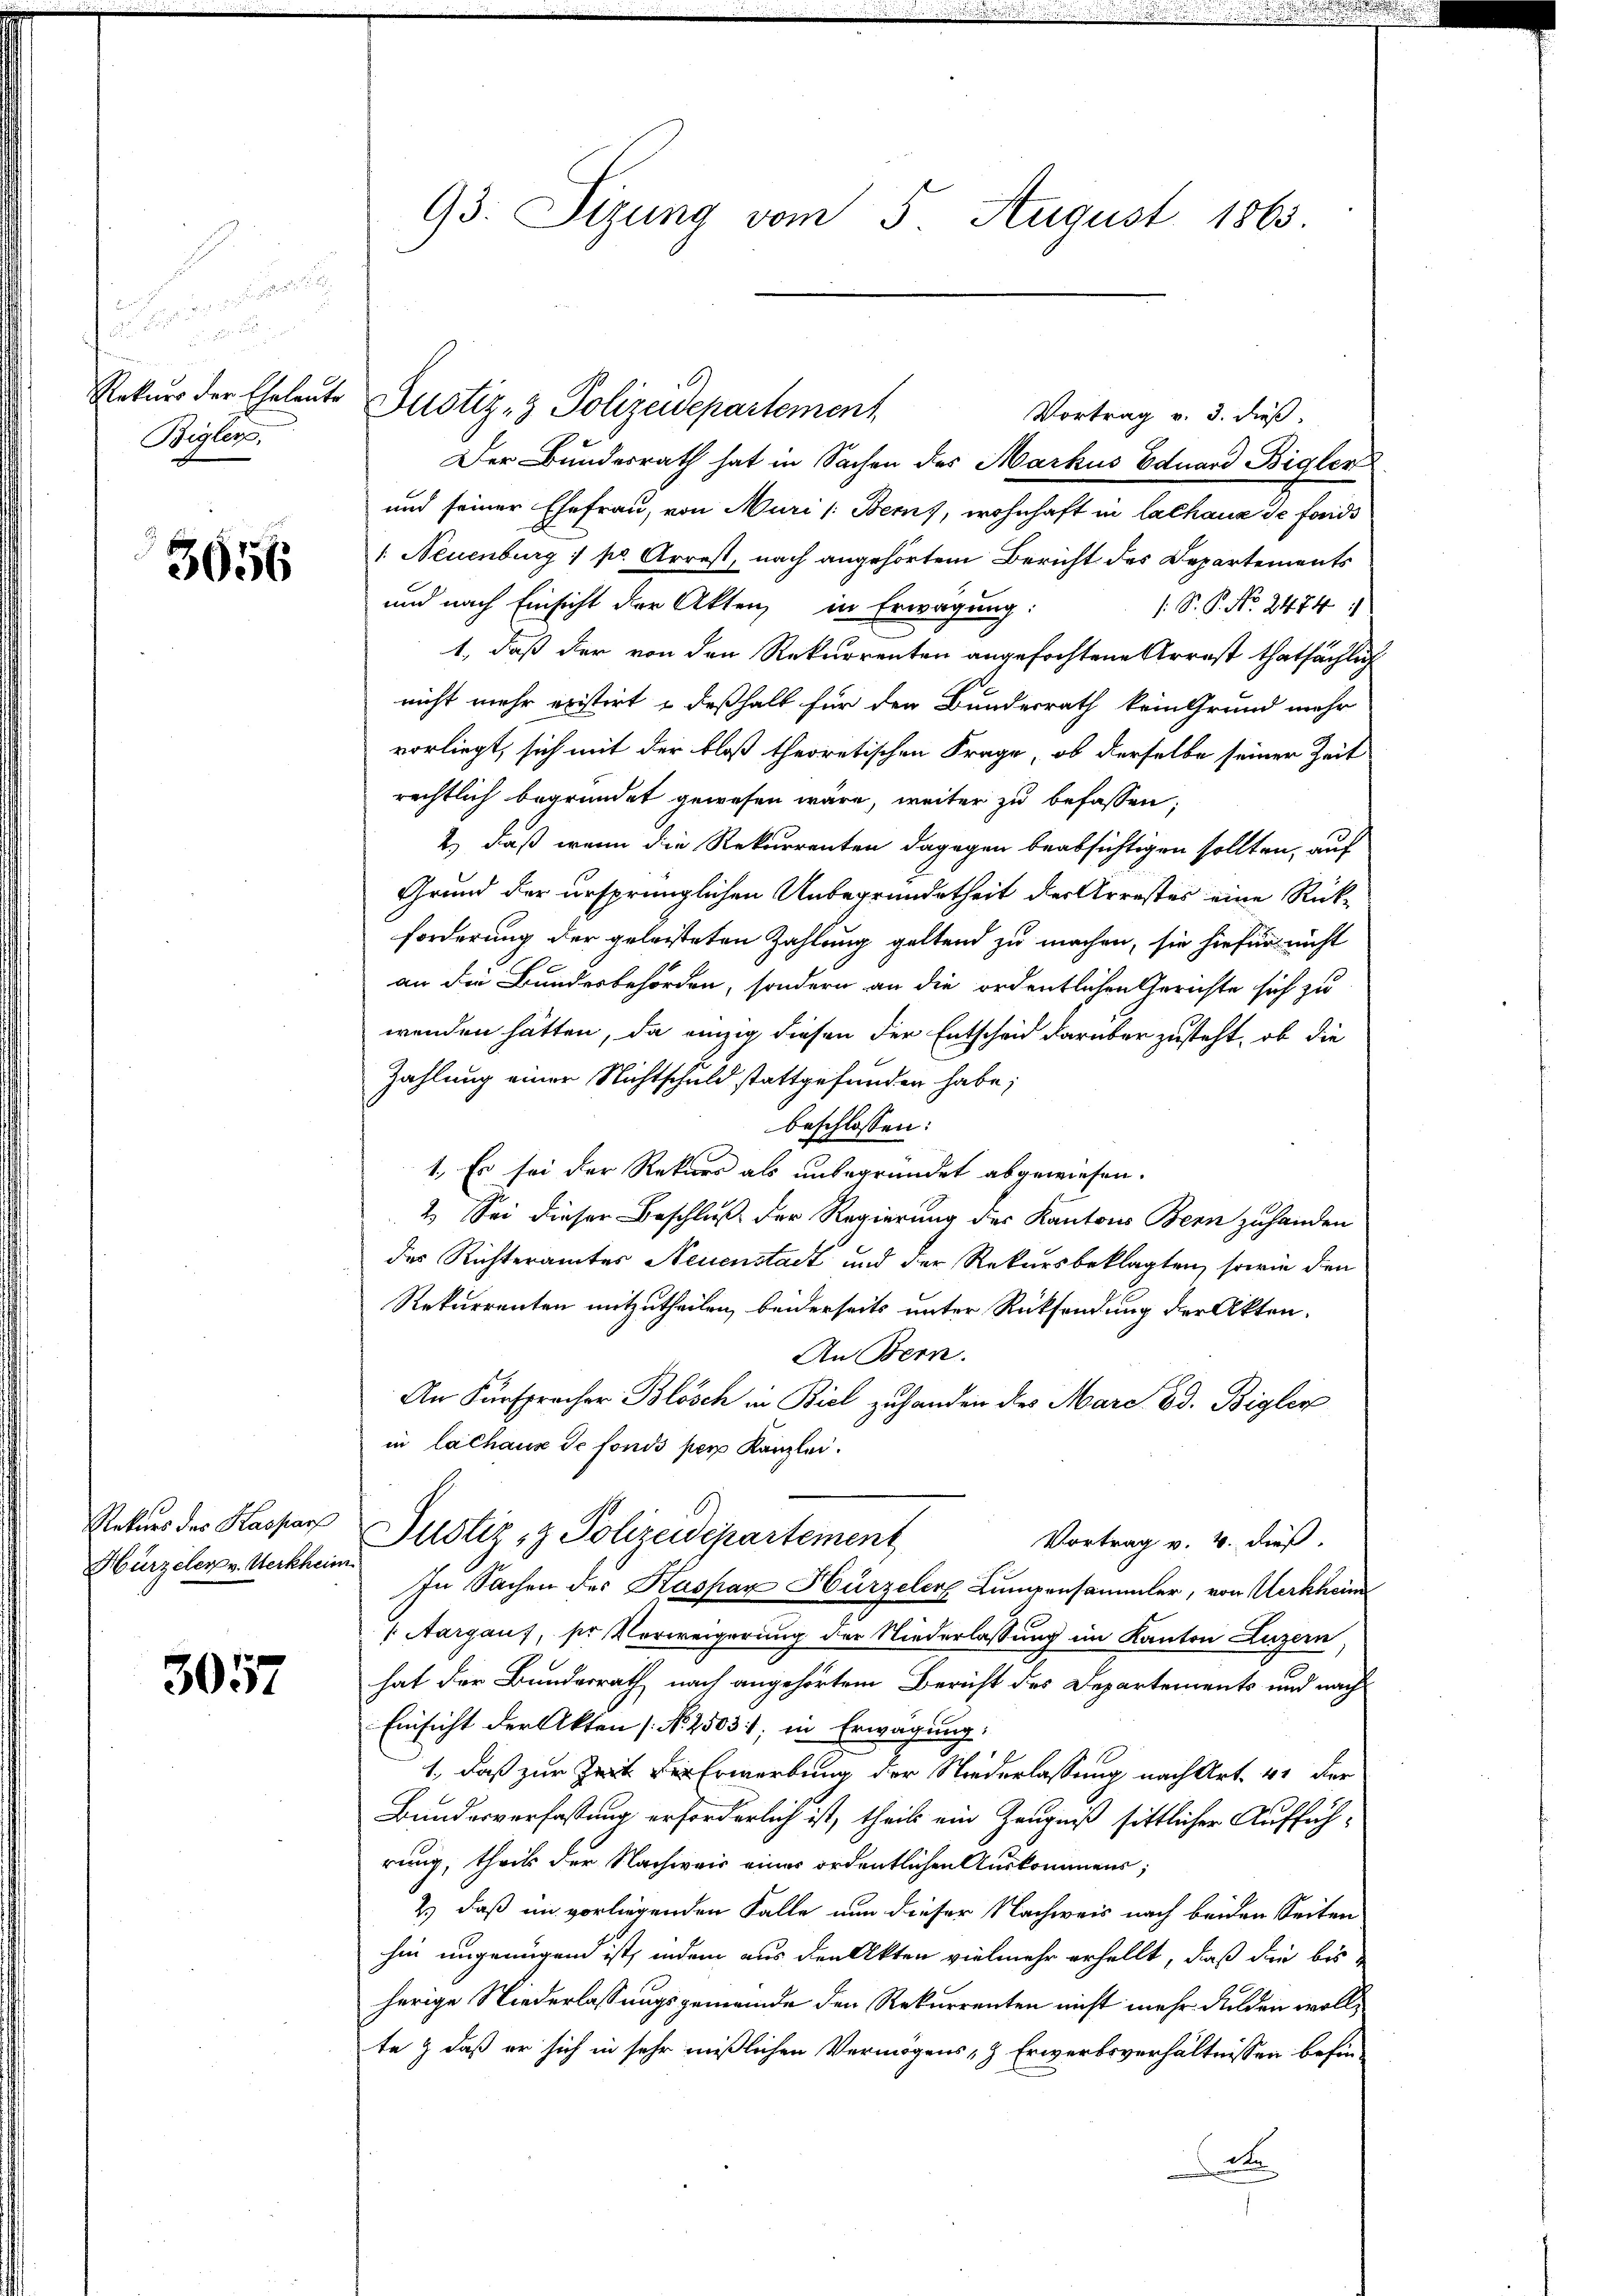
n
un seinen

Rekurs der Eheleute
Bigler.

3056

Rekurs des Kasparf
Hürzeler v. Werkheim

3057

93. Sizung vom 5. August 1863.

Justiz- & Polizeidepartement
Vortrag v. 3. dieß.
Der Bundesrath hat in Sachen des Markus Eduard Bigler
und seiner Ehefrau, von Muri /: Berns, wohnhaft in lalhaus de fonds
1. Neuenburg 1 pr. Arrest, nach angehörtem Bericht des Departements
und nach Einsicht der Akten, in Erwägung:
s. S. P. No. 2474. 1
1., daß der von den Rekurrenten angefochtene Arrest thatsächlich
nicht mehr existirt & deßhalb für den Bundesrath kein Grund mehr
vorliegt, sich mit der bloß theoretischen Frage, ob derselbe seiner Zeit
rechtlich begründet gewesen wäre, weiter zu befassen;
2.) daß wenn die Rekurrenten dagegen beabsichtigen sollten, auf
Grund der ursprünglichen Unbegründetheit der Arrestes eine Rückforderung der geleisteten Zahlung geltend zu machen, sie hiefür nicht
an die Bundesbehörden, sondern an die ordentlichen Gerichte sich zu
wenden hätten, da einzig diesen der Entscheid darüber zusteht, ob die
Zahlung einer Nichtschuld stattgefunden habe;
beschlossen:
1., Es sei der Rekurs als unbegründet abgewiesen.
2.) Sei dieser Beschluß der Regierung der Kantons Bern zuhanden
des Richteramtes Neuenstadt und der Rekursbeklagten, sowie den
Rekurrenten mitzutheilen, beiderseits unter Rücksendung der Akten.
An Bern.
An Fürspracher Blösch in Biel zu handen des Marc Ed. Bigler
in lachaus de fonds per Kanzlei.
Justiz- & Polizeidepartement
Vortrag v. 4. dieß.
In Sachen des Kaspar Hirzelers Lumpensammler, von Uerkheim
 Aargauf, sr Verweigerung der Niederlassung im Kanton Luzern
hat der Bundesrath nach angehörtem Bericht des Departements und nach
Einsicht der Akten [No 25031; in Erwägung,
1., daß zur Zeit der Erwerbung der Niederlassung nach Art. 41 der
Bundesverfassung erforderlich ist, theils ein Zeugniß sittlicher Aufführung, theils der Nachweis eines ordentlichen Auskommens;
2.) daß in vorliegenden Falle nun dieser Nachweis nach beiden Seiten
hin ungenügend ist, indem aus den Akten vielmehr erhellt, daß die bis
herige Niederlassungsgemeinde den Rekurrenten nicht mehr dulden wollte & daß er sich in sehr mißlichen Vermögens- & Erwerbsverhältnissen befin¬
De